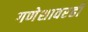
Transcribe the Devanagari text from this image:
गणेशावरही